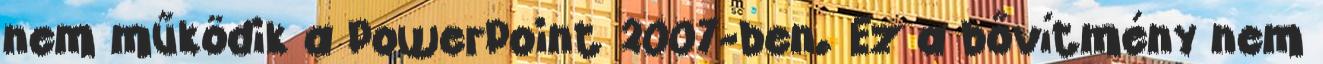
nem működik a PowerPoint 2007-ben. Ez a bővítmény nem